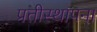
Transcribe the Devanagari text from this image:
प्रतीस्थापना